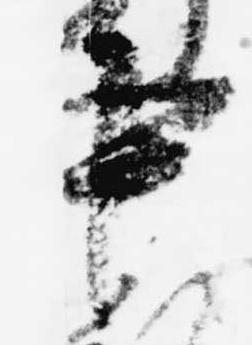
中